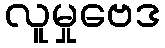
လူမှုဗေဒ